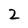
Character: 2